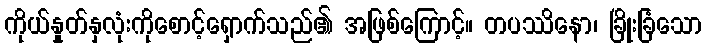
ကိုယ်နှုတ်နှလုံးကိုစောင့်ရှောက်သည်၏ အဖြစ်ကြောင့်။ တပဿိနော၊ ခြိုးခြံသော